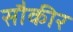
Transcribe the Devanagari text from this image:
सौकीर